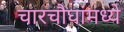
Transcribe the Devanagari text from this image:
चारचौघांमध्ये